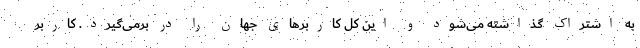
به اشتراک گذاشته می‌شود و این کل کاربرهای جهان را در برمی‌گیرد. کاربر